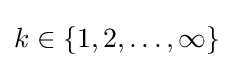
k\in \{1,2,\ldots ,\infty \}